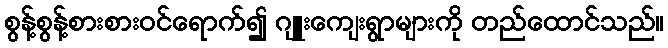
စွန့်စွန့်စားစားဝင်ရောက်၍ ဂျူးကျေးရွာများကို တည်ထောင်သည်။